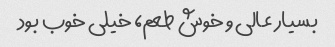
بسیار عالی و خوش طعم، خیلی خوب بود